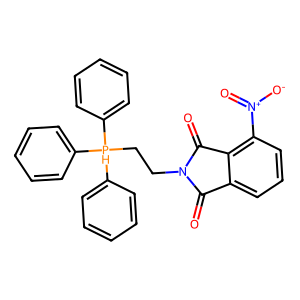
SMILES: O=C1c2cccc([N+](=O)[O-])c2C(=O)N1CC[PH](c1ccccc1)(c1ccccc1)c1ccccc1
Inhibits HIV replication: No